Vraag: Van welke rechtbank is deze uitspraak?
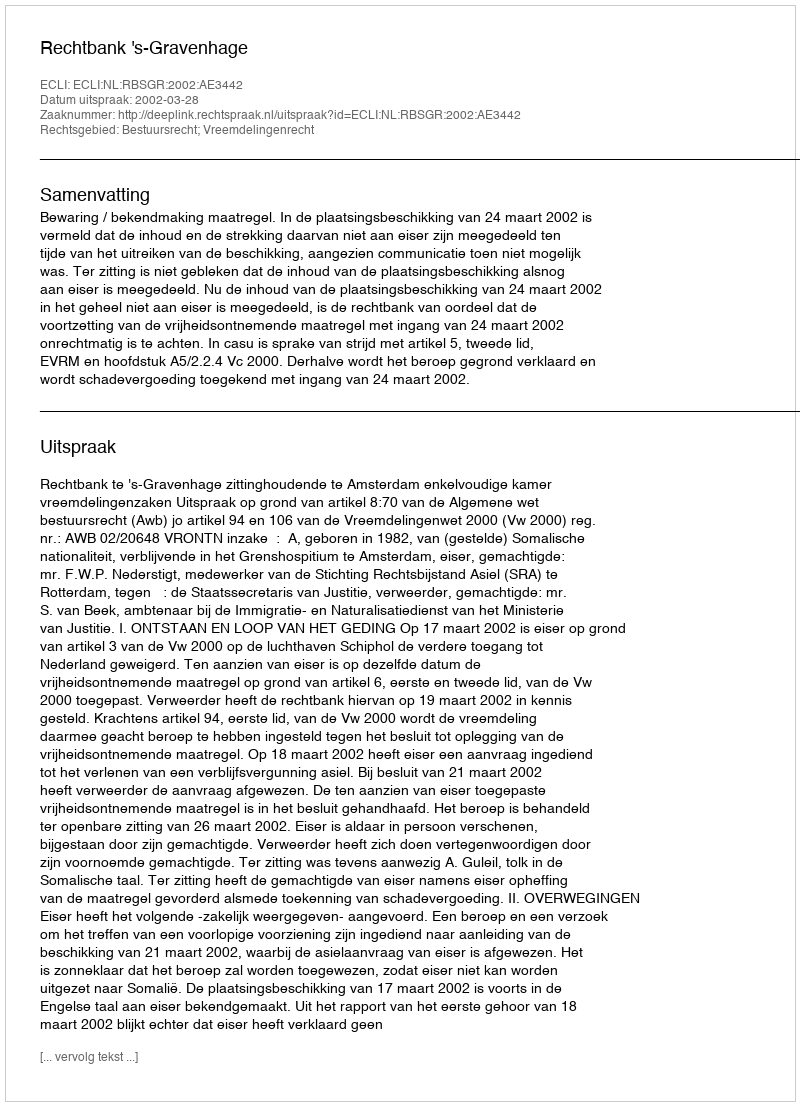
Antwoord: Rechtbank 's-Gravenhage